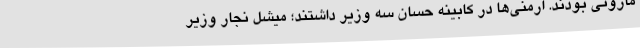
مارونی بودند. ارمنی‌ها در کابینه حسان سه وزیر داشتند؛ میشل نجار وزیر